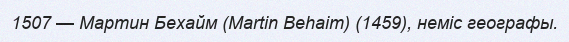
1507 — Мартин Бехайм (Martin Behaim) (1459), неміс географы.